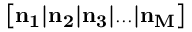
\left[ \bf n _ { 1 } | \bf n _ { 2 } | \bf n _ { 3 } | . . . | \bf n _ { M } \right]